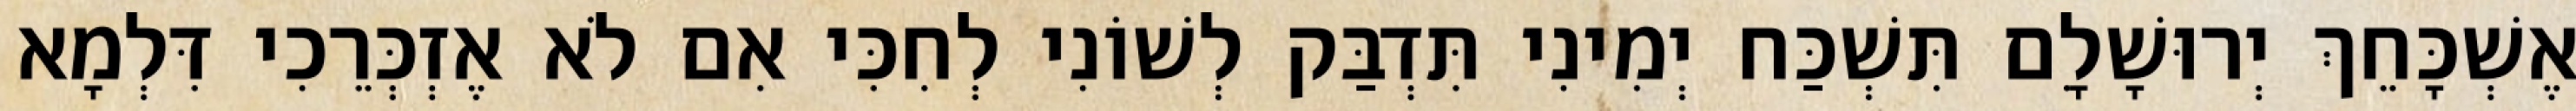
אֶשְׁכָּחֵךְ יְרוּשָׁלִָם תִּשְׁכַּח יְמִינִי תִּדְבַּק לְשׁוֹנִי לְחִכִּי אִם לֹא אֶזְכְּרֵכִי דִּלְמָא